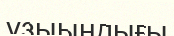
ұзыындығы